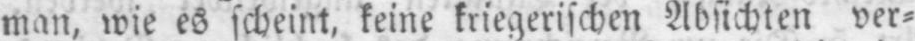
man, wie es scheint, keine kriegerischen Absichten ver⸗